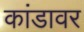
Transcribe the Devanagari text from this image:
कांडावर